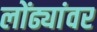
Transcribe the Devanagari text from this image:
लोंढ्यांवर